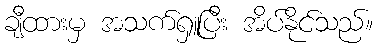
ချီထားမှ အသက်ရှူပြီး အိပ်နိုင်သည်။